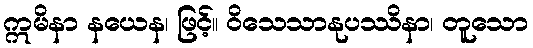
ဣမိနာ နယေန၊ ဖြင့်။ ဝိသေသာနုပဿိနာ၊ တူသော